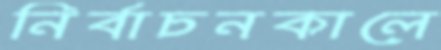
নির্বাচনকালে